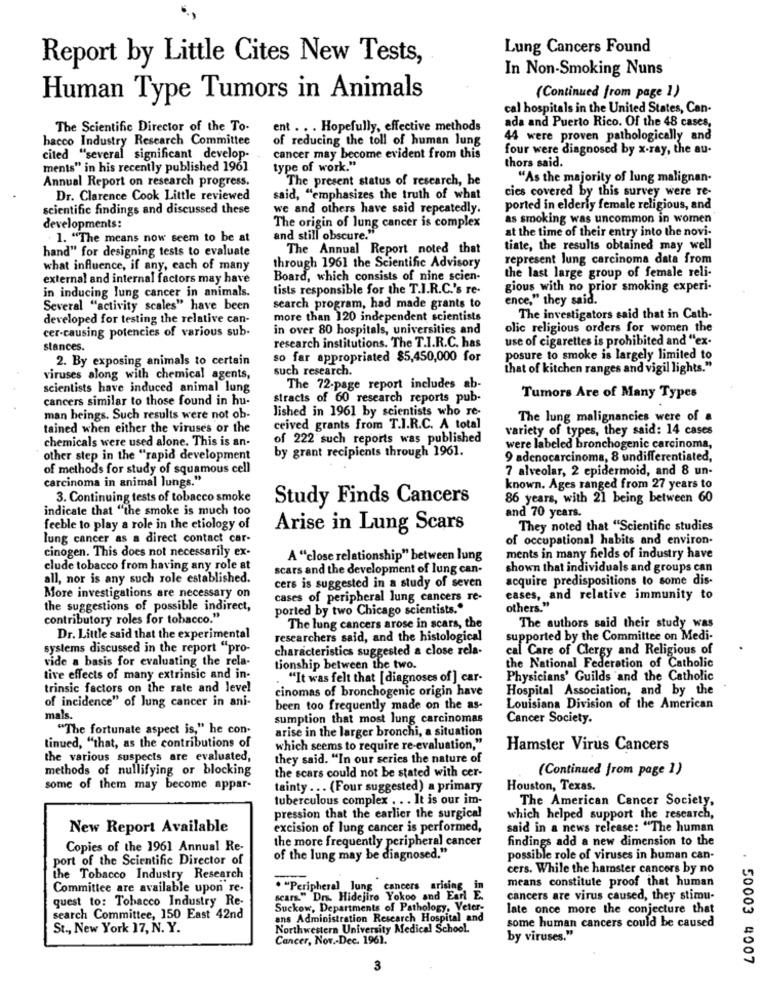
Lung Cancers Found
Report by Little Cites New Tests,
In Non-Smoking Nuns
Human Type Tumors in Animals
(Continued from page 1)
cal hospitals in the United States, Can-
ada and Puerto Rico. Of the 48 cases,
The Scientific Director of the To-
ent . . . Hopefully, effective methods
bacco Industry Research Committee
of reducing the toll of human lung
44 were proven pathologically and
four were diagnosed by x-ray, the au-
cited "several significant develop-
cancer may become evident from this
thors said.
ments" in his recently published 1961
type of work."
Annual Report on research progress.
The present status of research, he
"As the majority of lung malignan-
cies covered by this survey were Te-
Dr. Clarence Cook Little reviewed
said, "emphasizes the truth of what
scientific findings and discussed these
we and others have said repeatedly.
ported in elderly female religious, and
as smoking was uncommon in women'
developments:
The origin of lung cancer is complex
at the time of their entry into the novi-
1. "The means now seem to be at
and still obscure."
The Annual Report noted that
tiate, the results obtained may well
hand" for designing tests to evaluate
represent lung carcinoma data from
what influence, if any, each of many
through 1961 the Scientific Advisory
external and internal factors may have
Board, which consists of nine scien-
the last large group of female reli-
in inducing lung cancer in animals.
tists responsible for the T.I.R.C.'s re-
gious with no prior smoking experi-
ence," they said.
Several "activity scales" have been
search program, had made grants to
developed for testing the relative can-
more than 120 independent scientists
The investigators said that in Cath-
cer-causing potencies of various sub-
in over 80 hospitals, universities and
olic religious orders for women the
research institutions. The T.I.R.C. has
use of cigarettes is prohibited and "ex-
stances.
2. By exposing animals to certain
so far appropriated $5,450,000 for
posure to smoke is largely limited to
such research.
that of kitchen ranges and vigil lights."
viruses along with chemical agents,
scientists have induced animal lung
The 72-page report includes ab-
cancers similar to those found in hu-
stracts of 60 research reports pub-
Tumors Are of Many Types
lished in 1961 by scientists who re-
man beings. Such results were not ob-
The lung malignancies were of a
tained when either the viruses or the
ceived grants from T.I.R.C. A total
variety of types, they said: 14 cases
chemicals were used alone. This is an-
of 222 such reports was published
by grant recipients through 1961.
were labeled bronchogenic carcinoma,
other step in the "rapid development
9 adenocarcinoma, 8 undifferentiated,
of methods for study of squamous cell
7 alveolar, 2 epidermoid, and 8 un-
carcinoma in animal lungs."
known. Ages ranged from 27 years to
3. Continuing tests of tobacco smoke
Study Finds Cancers
86 years, with 21 being between 60
indicate that "the smoke is much too
and 70 years.
feeble to play a role in the etiology of
Arise in Lung Scars
They noted that "Scientific studies
lung cancer as a direct contact car-
of occupational habits and environ.
cinogen. This does not necessarily ex-
A "close relationship" between lung
ments in many fields of industry have
clude tobacco from having any role at
scars and the development of lung can-
shown that individuals and groups can
all, nor is any such role established.
acquire predispositions to some dis-
cers is suggested in a study of seven
More investigations are necessary on
cases of peripheral lung cancers re-
cases, and relative immunity to
the suggestions of possible indirect,
ported by two Chicago scientists."
others."
contributory roles for tobacco."
The authors said their study was
The lung cancers arose in scars, the
Dr. Little said that the experimental
researchers said, and the histological
supported by the Committee on Medi-
systems discussed in the report "pro-
characteristics suggested a close rela-
cal Care of Clergy and Religious of
vide a basis for evaluating the rela-
the National Federation of Catholic
tionship between the two.
tive effects of many extrinsic and in-
"It was felt that [ diagnoses of ] car-
Physicians' Guilds and the Catholic
trinsic factors on the rate and level
cinomas of bronchogenic origin have
Hospital Association, and by the
of incidence" of lung cancer in ani-
been too frequently made on the as-
Louisiana Division of the American
mals.
sumption that most lung carcinomas
Cancer Society.
"The fortunate aspect is," he con-
arise in the larger bronchi, a situation
tinued, "that, as the contributions of
which seems to require re-evaluation,"
Hamster Virus Cancers
the various suspects are evaluated,
they said. "In our series the nature of
methods of nullifying or blocking
(Continued from page 1)
the scars could not be stated with cer-
some of them may become appar-
tainty ... (Four suggested) a primary
Houston, Texas.
tuberculous complex . . . It is our im-
The American Cancer Society,
pression that the earlier the surgical
which helped support the research,
New Report Available
excision of lung cancer is performed,
said in a news release: "The human
the more frequently peripheral cancer
findings add a new dimension to the
Copies of the 1961 Annual Re-
port of the Scientific Director of
of the lung may be diagnosed."
possible role of viruses in human can-
cers. While the hamster cancers by no
the Tobacco Industry Research
means constitute proof that human
Committee are available upon re-
. "Peripheral Jung cancers arising, in
quest to: Tobacco Industry Re-
scars" Dr. Hidejiro Yokoo and Earl E.
cancers are virus caused, they stimu-
Suckow, Departments of Pathology, Veter-
late once more the conjecture that
search Committee, 150 East 42nd
ans Administration Research Hospital and
some human cancers could be caused
St ., New York 17, N. Y.
Northwestern University Medical School.
Cancer, Nov .- Dec. 1961.
by viruses."
. 50003 4007
3